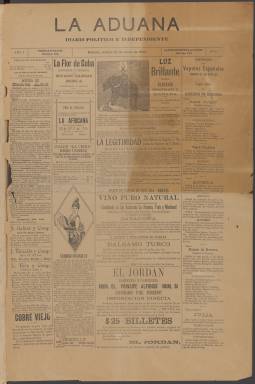
Título: La Aduana
Colección: Periódicos
Ámbito geográfico: Cuba
Lugar de publicación: Habana
Fechas: 19/01/1892-30/03/1895